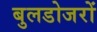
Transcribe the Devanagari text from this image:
बुलडोजरों